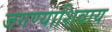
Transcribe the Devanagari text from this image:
जगण्याशिवाय